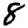
Digit: 8